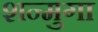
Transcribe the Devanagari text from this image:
शन्मुगा